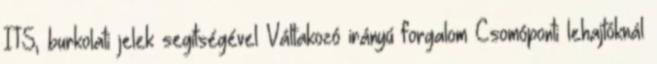
ITS, burkolati jelek segítségével Váltakozó irányú forgalom Csomóponti lehajtóknál